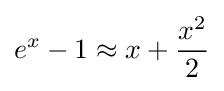
e^{x}-1\approx x+{\frac {x^{2}}{2}}